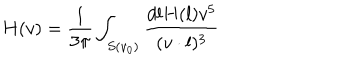
LaTeX: H ( v ) = { \frac { 1 } { 3 \pi } } \int _ { S ( v _ { 0 } ) } { \frac { d l H ( l ) v ^ { 5 } } { ( v \cdot l ) ^ { 3 } } }